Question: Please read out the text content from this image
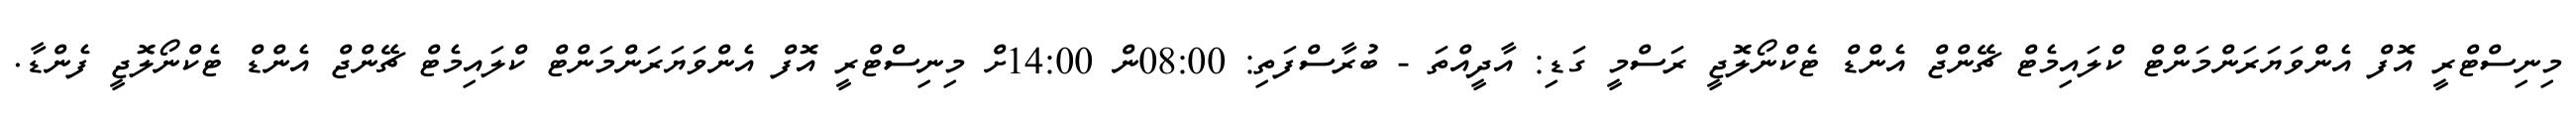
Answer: މިނިސްޓްރީ އޮފް އެންވަޔަރަންމަންޓް ކްލައިމެޓް ޗޭންޖް އެންޑް ޓެކްނޯލޮޖީ ރަސްމީ ގަޑި: އާދީއްތަ - ބުރާސްފަތި: 08:00ން 14:00ށް މިނިސްޓްރީ އޮފް އެންވަޔަރަންމަންޓް ކްލައިމެޓް ޗޭންޖް އެންޑް ޓެކްނޯލޮޖީ ފެންޑާ.